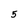
Character: 5